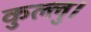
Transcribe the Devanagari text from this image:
कुल्‍लु।